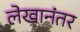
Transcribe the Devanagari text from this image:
लेखानंतर